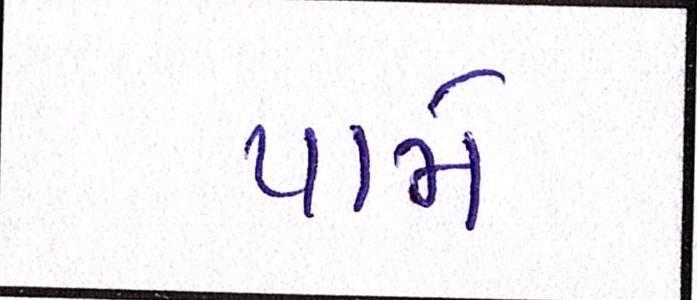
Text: પામે